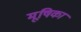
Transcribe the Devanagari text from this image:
मूषिका